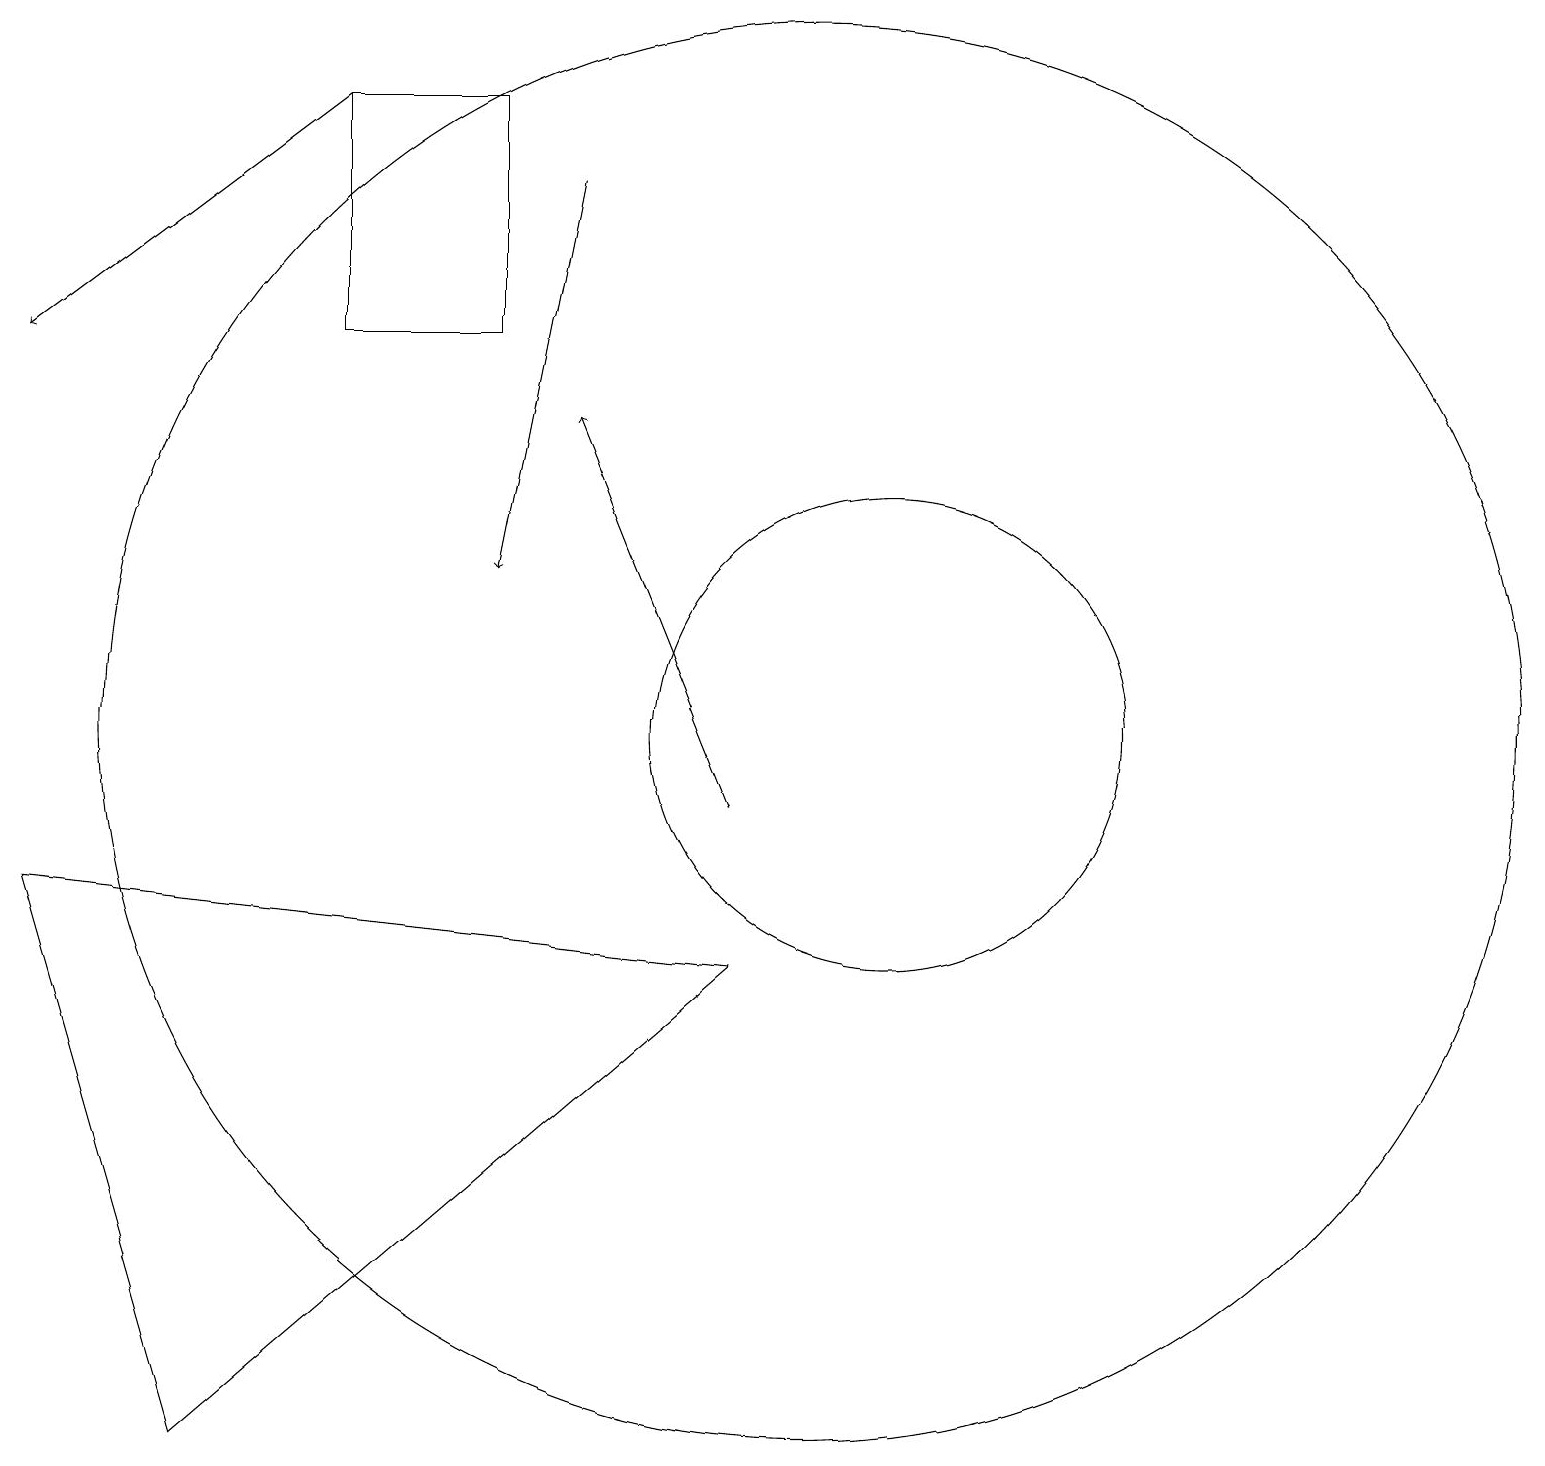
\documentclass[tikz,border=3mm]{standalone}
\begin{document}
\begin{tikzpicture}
\draw (10,11) circle (9);
\draw[->] (4,19) -- (0,16);
\draw (4,19) rectangle (6,16);
\draw (9,8) -- (2,2) -- (0,9) -- cycle;
\draw[->] (9,10) -- (7,15);
\draw (11,11) circle (3);
\draw[->] (7,18) -- (6,13);
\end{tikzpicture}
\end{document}